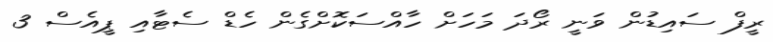
ރީފް ސައިޑުން ވަނީ ރޯދަ މަހަށް ހާއްސަކޮށްގެން ހެޑް ސެޓާއި ޕީއެސް 3